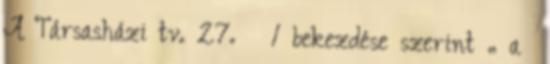
A Társasházi tv. 27. § 1 bekezdése szerint „ a